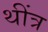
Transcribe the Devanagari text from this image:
थींत्र